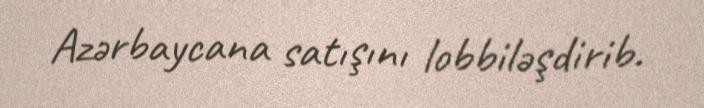
Azərbaycana satışını lobbiləşdirib.